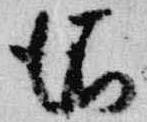
依